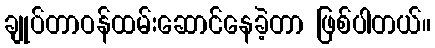
ချုပ်တာဝန်ထမ်းဆောင်နေခဲ့တာ ဖြစ်ပါတယ်။